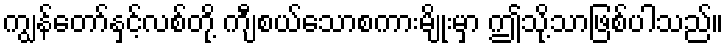
ကျွန်တော်နှင့်လစ်တို့ ကျီစယ်သောစကားမျိုးမှာ ဤသို့သာဖြစ်ပါသည်။